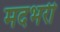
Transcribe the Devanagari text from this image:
मदभरी